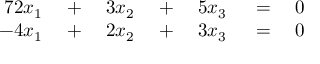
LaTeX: \begin{array} { r l r l r l r } { { 7 } 2 x _ { 1 } } & { { } \; + \; } & { 3 x _ { 2 } } & { { } \; + \; } & { 5 x _ { 3 } } & { { } \; = \; } & { 0 } \\ { - 4 x _ { 1 } } & { { } \; + \; } & { 2 x _ { 2 } } & { { } \; + \; } & { 3 x _ { 3 } } & { { } \; = \; } & { 0 } \end{array}